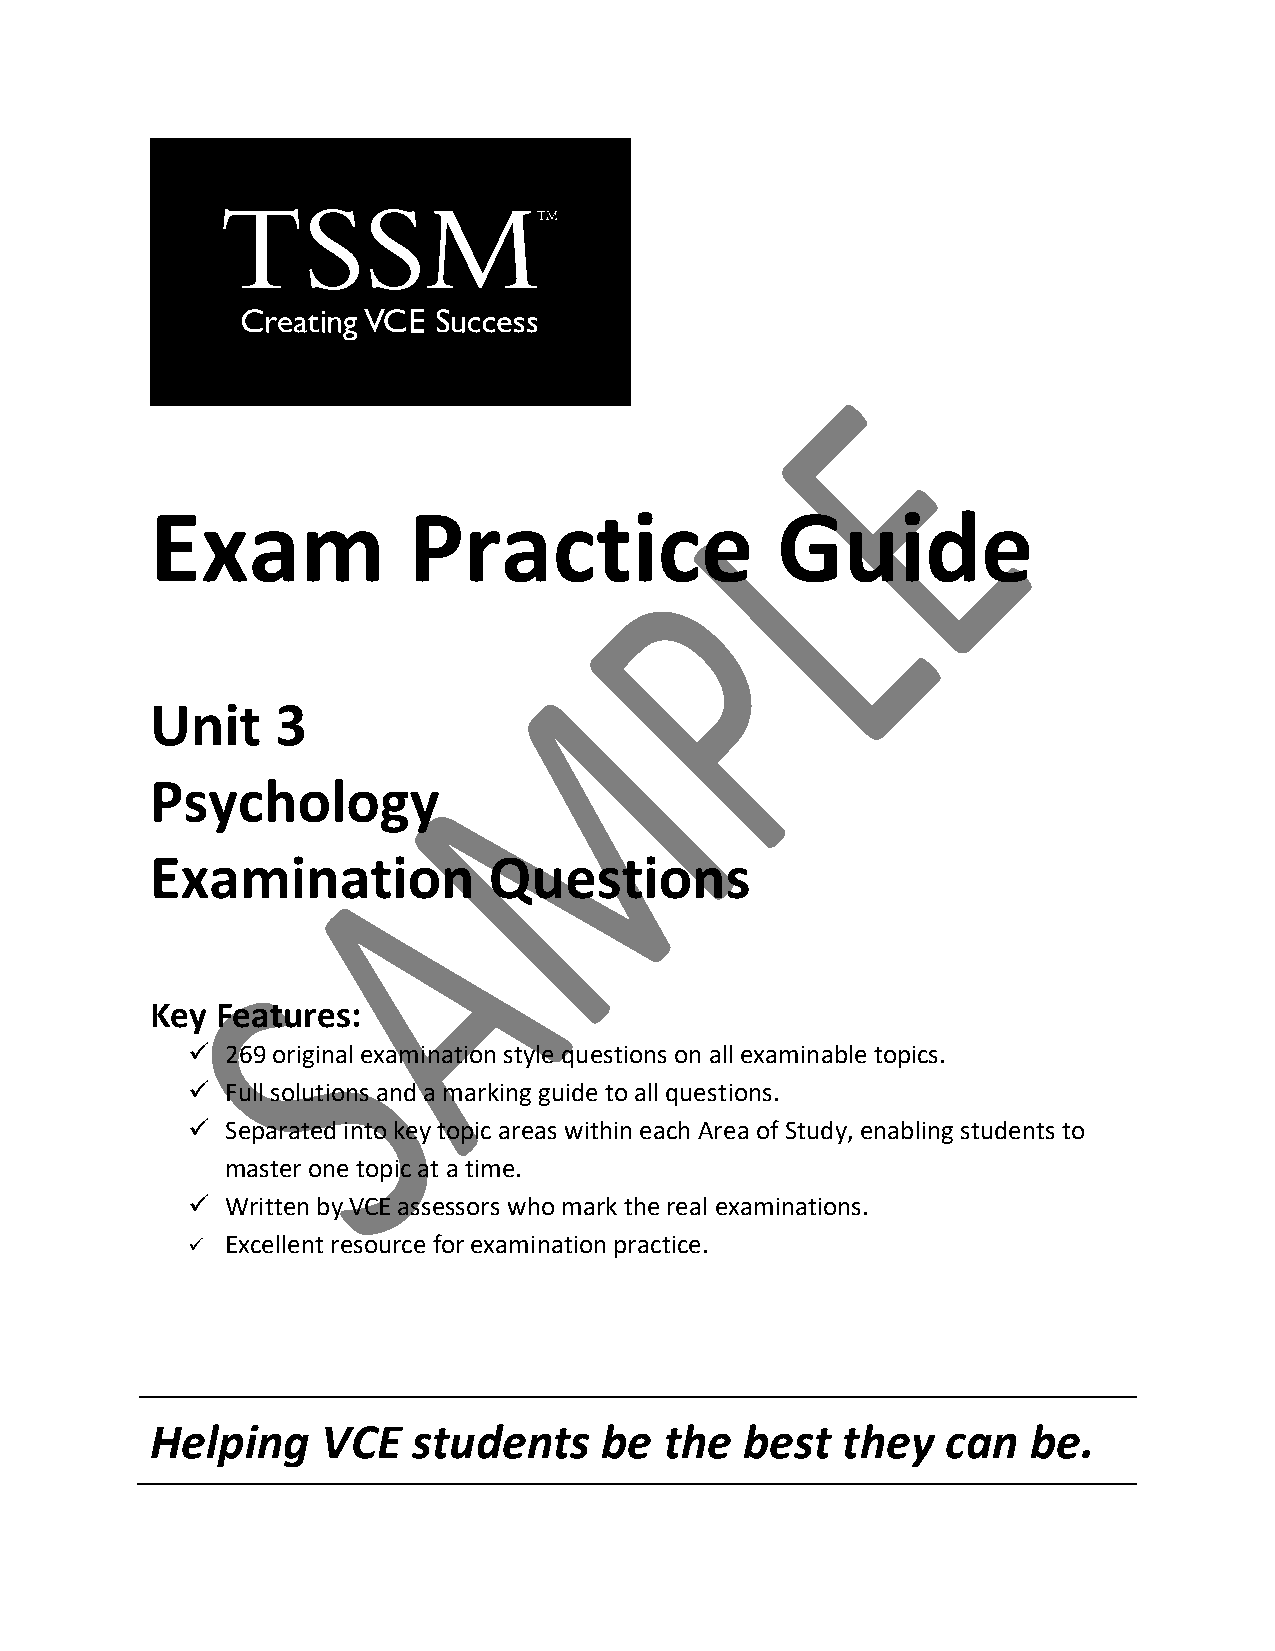
Exam             Practice                Guide
 Unit    3
 Psychology
 Examination           Questions
 Key Features:
   269 original examination style questions on all examinable topics.
   Full solutions and a marking guide to all questions.
   Separated into key topic areas within each Area of Study, enabling students to
 master one topic at a time.
   Written by VCE assessors who mark the real examinations.
   Excellent resource for examination practice.
 Helping    VCE   students     be  the  best   they   can  be.